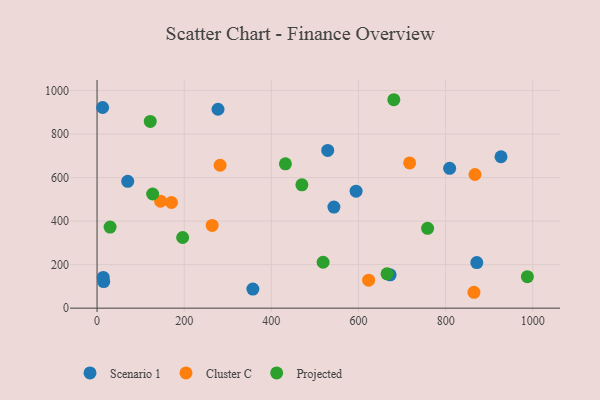
{"axis": {"x": "Speed", "y": "Rating"}, "legend": ["Cluster C", "Projected", "Scenario 1"], "data": [{"x": "14.2", "y": 141.2, "type": "Scenario 1"}, {"x": "672.6", "y": 153.1, "type": "Scenario 1"}, {"x": "809.2", "y": 642.7, "type": "Scenario 1"}, {"x": "357.6", "y": 87.8, "type": "Scenario 1"}, {"x": "70.4", "y": 583.1, "type": "Scenario 1"}, {"x": "15.3", "y": 122.4, "type": "Scenario 1"}, {"x": "277.6", "y": 914.1, "type": "Scenario 1"}, {"x": "927.1", "y": 695.9, "type": "Scenario 1"}, {"x": "543.6", "y": 464.6, "type": "Scenario 1"}, {"x": "594.5", "y": 537.6, "type": "Scenario 1"}, {"x": "529.4", "y": 724.8, "type": "Scenario 1"}, {"x": "871.5", "y": 209.7, "type": "Scenario 1"}, {"x": "12.8", "y": 922.1, "type": "Scenario 1"}, {"x": "865.0", "y": 73.0, "type": "Cluster C"}, {"x": "623.3", "y": 128.6, "type": "Cluster C"}, {"x": "282.4", "y": 656.7, "type": "Cluster C"}, {"x": "264.2", "y": 380.2, "type": "Cluster C"}, {"x": "867.4", "y": 614.2, "type": "Cluster C"}, {"x": "170.8", "y": 485.6, "type": "Cluster C"}, {"x": "145.8", "y": 491.5, "type": "Cluster C"}, {"x": "717.4", "y": 667.5, "type": "Cluster C"}, {"x": "127.6", "y": 524.6, "type": "Projected"}, {"x": "470.1", "y": 566.7, "type": "Projected"}, {"x": "432.3", "y": 663.5, "type": "Projected"}, {"x": "665.5", "y": 157.8, "type": "Projected"}, {"x": "987.6", "y": 144.9, "type": "Projected"}, {"x": "758.6", "y": 366.9, "type": "Projected"}, {"x": "122.1", "y": 858.4, "type": "Projected"}, {"x": "518.8", "y": 210.9, "type": "Projected"}, {"x": "196.5", "y": 324.8, "type": "Projected"}, {"x": "681.1", "y": 957.9, "type": "Projected"}, {"x": "29.9", "y": 372.5, "type": "Projected"}]}